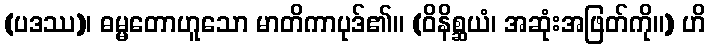
(ပဒဿ)၊ ဓမ္မတောဟူသော မာတိကာပုဒ်၏။ (ဝိနိစ္ဆယံ၊ အဆုံးအဖြတ်ကို။) ဟိ